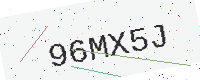
Text: 96MX5J